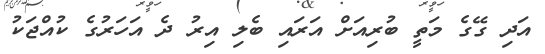
އަދި ގޭގެ މަތީ ބުރިއަށް އަރައި ބެލި އިރު ދެ އަހަރުގެ ކުއްޖަކު